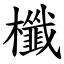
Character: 櫼